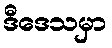
ဒီဒေသမှာ